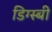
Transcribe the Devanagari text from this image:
डिग्स्बी